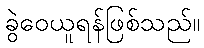
ခွဲဝေယူရန်ဖြစ်သည်။